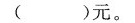
()元。